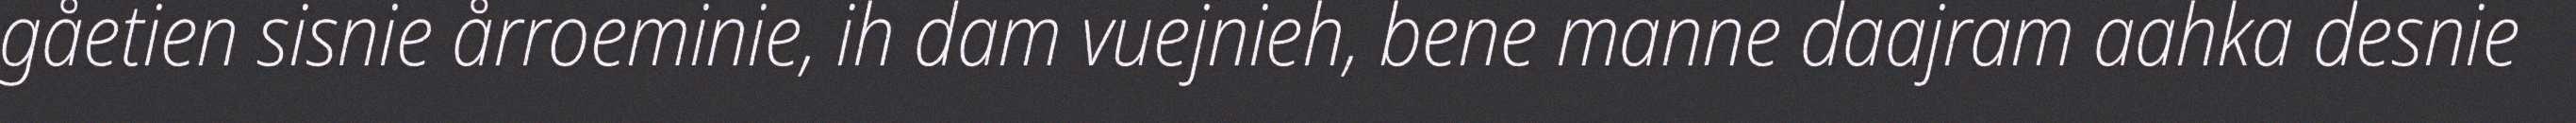
gåetien sisnie årroeminie, ih dam vuejnieh, bene manne daajram aahka desnie